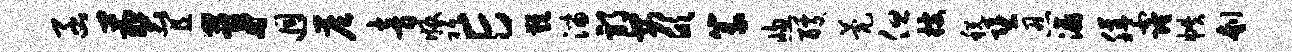
函葬宜茅迥答音版祗E难淄邪安欣篆窗醵甍但搜税堕忍瀛膳窿帙刳